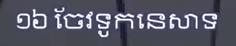
១៦ ចែវតុកនេសាទ